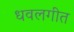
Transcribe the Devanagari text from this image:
धवलगीत